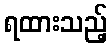
ရထားသည့်